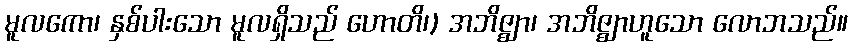
မူလကော၊ နှစ်ပါးသော မူလရှိသည် ဟောတိ၊) အဘိဇ္ဈာ၊ အဘိဇ္ဈာဟူသော လောဘသည်။